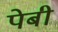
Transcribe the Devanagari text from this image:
पेबी